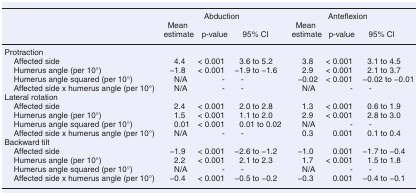
<table><thead><tr><td></td><td colspan="3"><b>Abduction</b></td><td colspan="3"><b>Anteflexion</b></td></tr><tr><td></td><td><b>Mean estimate</b></td><td><b>p-value</b></td><td><b>95% CI</b></td><td><b>Mean estimate</b></td><td><b>p-value</b></td><td><b>95% CI</b></td></tr></thead><tbody><tr><td>Protraction</td><td></td><td></td><td></td><td></td><td></td><td></td></tr><tr><td> Affected side</td><td>4.4</td><td>&lt; 0.001</td><td>3.6 to 5.2</td><td>3.8</td><td>&lt; 0.001</td><td>3.1 to 4.5</td></tr><tr><td> Humerus angle (per 10°)</td><td>−1.8</td><td>&lt; 0.001</td><td>−1.9 to −1.6</td><td>2.9</td><td>&lt; 0.001</td><td>2.1 to 3.7</td></tr><tr><td> Humerus angle squared (per 10°)</td><td>N/A</td><td>-</td><td>-</td><td>−0.02</td><td>&lt; 0.001</td><td>−0.02 to −0.01</td></tr><tr><td> Affected side x humerus angle (per 10°)</td><td>N/A</td><td>-</td><td>-</td><td>N/A</td><td>-</td><td>-</td></tr><tr><td>Lateral rotation</td><td></td><td></td><td></td><td></td><td></td><td></td></tr><tr><td> Affected side</td><td>2.4</td><td>&lt; 0.001</td><td>2.0 to 2.8</td><td>1.3</td><td>&lt; 0.001</td><td>0.6 to 1.9</td></tr><tr><td> Humerus angle (per 10°)</td><td>1.5</td><td>&lt; 0.001</td><td>1.1 to 2.0</td><td>2.9</td><td>&lt; 0.001</td><td>2.8 to 3.0</td></tr><tr><td> Humerus angle squared (per 10°)</td><td>0.01</td><td>&lt; 0.001</td><td>0.01 to 0.02</td><td>N/A</td><td>-</td><td>-</td></tr><tr><td> Affected side x humerus angle (per 10°)</td><td>N/A</td><td>-</td><td>-</td><td>0.3</td><td>0.001</td><td>0.1 to 0.4</td></tr><tr><td>Backward tilt</td><td></td><td></td><td></td><td></td><td></td><td></td></tr><tr><td> Affected side</td><td>−1.9</td><td>&lt; 0.001</td><td>−2.6 to −1.2</td><td>−1.0</td><td>0.001</td><td>−1.7 to −0.4</td></tr><tr><td> Humerus angle (per 10°)</td><td>2.2</td><td>&lt; 0.001</td><td>2.1 to 2.3</td><td>1.7</td><td>&lt; 0.001</td><td>1.5 to 1.8</td></tr><tr><td> Humerus angle squared (per 10°)</td><td>N/A</td><td>-</td><td>-</td><td>N/A</td><td>-</td><td>-</td></tr><tr><td> Affected side x humerus angle (per 10°)</td><td>−0.4</td><td>&lt; 0.001</td><td>−0.5 to −0.2</td><td>−0.3</td><td>0.001</td><td>−0.4 to −0.1</td></tr></tbody></table>